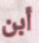
أبن